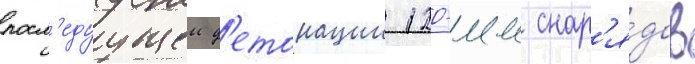
посл'едуущеи д'етонации 120-мм снар'я́дов